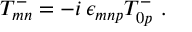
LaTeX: T _ { m n } ^ { - } = - i \, \epsilon _ { m n p } T _ { 0 p } ^ { - } \ .